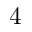
4